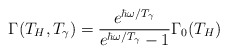
\begin{align*}\Gamma(T_H,T_\gamma) ={ e^{\hbar\omega/T_\gamma} \over e^{\hbar\omega/T_\gamma} - 1 }\Gamma_0(T_H)\end{align*}